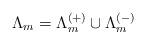
LaTeX: \begin{align*}\Lambda_m = \Lambda_m^{(+)} \cup \Lambda_m^{(-)}\end{align*}